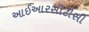
આઈઆરસીટીસી